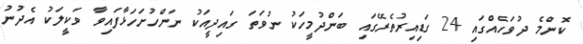
ކޮންމެ ދުވަހެއްގައި 24 ގަޑިއިރުތެރޭގައި ބަންދުމީހަކު ނުވަތަ ގައިދީއަކު ނަންހުށަހަޅާފައިވާ ވަކީލަކު އެދުނު